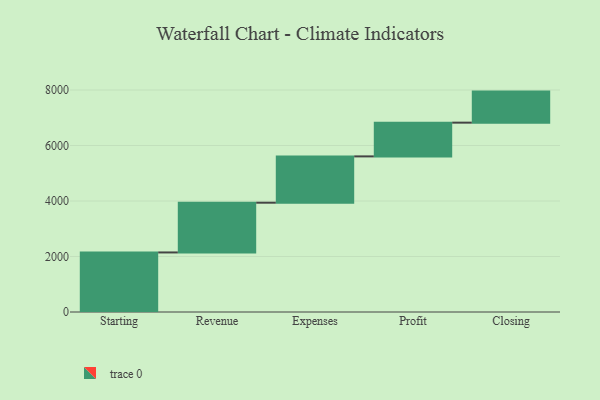
{"axis": {"x": "Step", "y": "Value"}, "legend": [""], "data": [{"x": "Starting", "y": 2146.0, "type": ""}, {"x": "Revenue", "y": 1793.0, "type": ""}, {"x": "Expenses", "y": 1669.0, "type": ""}, {"x": "Profit", "y": 1216.0, "type": ""}, {"x": "Closing", "y": 1119.0, "type": ""}]}